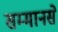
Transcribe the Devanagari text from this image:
सम्मानसे